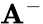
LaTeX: \mathbf{A}^{-}